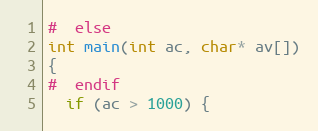
Language: C
#  else
int main(int ac, char* av[])
{
#  endif
  if (ac > 1000) {